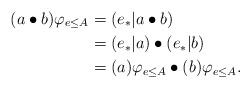
LaTeX: \begin{align*}(a\bullet b)\varphi_{e\leq A} &= (e {}_*| a\bullet b) \\&= {(e {}_*| a)} \bullet {(e {}_*| b)} \\&= (a)\varphi_{e\leq A} \bullet (b)\varphi_{e\leq A}.\end{align*}